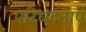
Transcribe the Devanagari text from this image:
परिधटनाएं